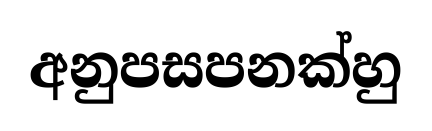
අනුපසපනක්හු